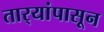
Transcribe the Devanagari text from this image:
तार्‍यांपासून